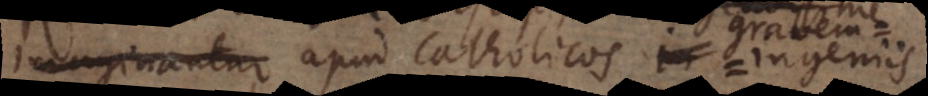
fingunt apud Catholicos ingeniis